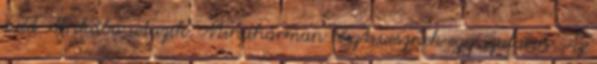
svéd Afrikába utazik. Mindhárman részt vesznek egy szafarin. Az